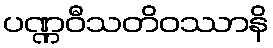
ပဏ္ဏဝီသတိဝဿာနိ